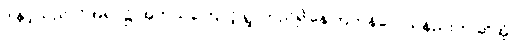
ဒါနှင့်သည်လိုအရပ်၌ အဘယ်ကြောင့် ရွာတည်၍နေကြကုန်လေသနည်းဟု ဆိုအံ့။